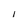
Character: I